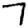
Digit: 7